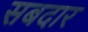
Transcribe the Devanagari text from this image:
सबदार